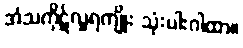
အံသကိုဋ်လှူရကျိုး သုံးပါးဂါထာ။